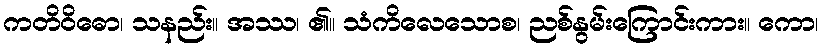
ကတိဝိဓော၊ သနည်း။ အဿ၊ ၏။ သံကိလေသောစ၊ ညစ်နွမ်းကြောင်းကား။ ကော၊